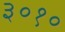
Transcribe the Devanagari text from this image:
३०१०